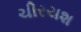
ચીરયશ